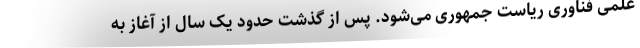
علمی فناوری ریاست جمهوری می‌شود. پس از گذشت حدود یک سال از آغاز به